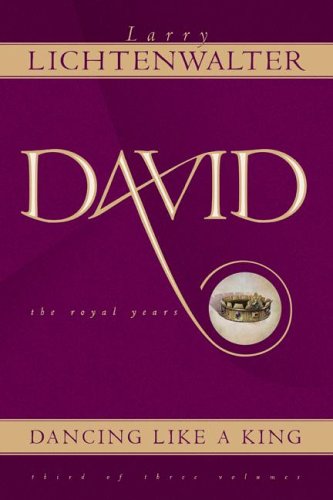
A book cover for David--Dancing Like a King; Larry Lichtenwalter; Christian Books & Bibles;